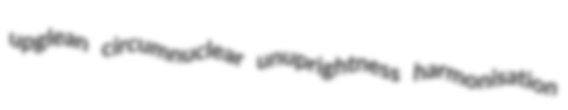
upglean circumnuclear unuprightness harmonisation